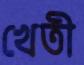
খেতী